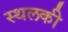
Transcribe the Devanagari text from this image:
स्‍थलकी